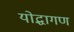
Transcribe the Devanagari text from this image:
योद्धागण